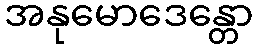
အနုမောဒေန္တော